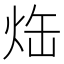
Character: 𤈒